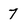
Character: 7